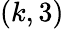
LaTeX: (k,3)